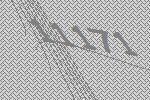
11171